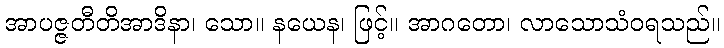
အာပဇ္ဇတီတိအာဒိနာ၊ သော။ နယေန၊ ဖြင့်။ အာဂတော၊ လာသောသံဝရသည်။